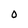
Character: O